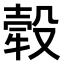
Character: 𤚲